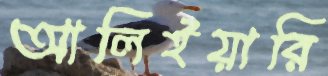
আলিইয়ারি